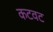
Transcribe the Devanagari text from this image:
कटवट